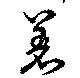
着